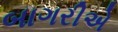
બાગરીએ